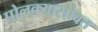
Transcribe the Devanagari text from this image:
पोलक्यासोबत